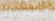
أوكسجين